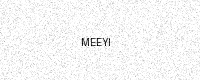
Text: MEEYI